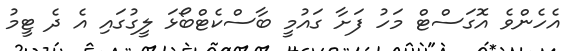
އެހެންވެ އޮގަސްޓް މަހު ފަށާ ގައުމީ ބާސްކެޓްބޯޅަ ލީގުގައި އެ ދެ ޓީމު